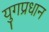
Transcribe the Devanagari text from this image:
युगप्रधान